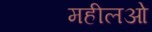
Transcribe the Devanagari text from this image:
महीलओ